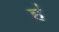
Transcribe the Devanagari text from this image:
ह॑